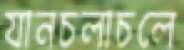
যানচলাচলে